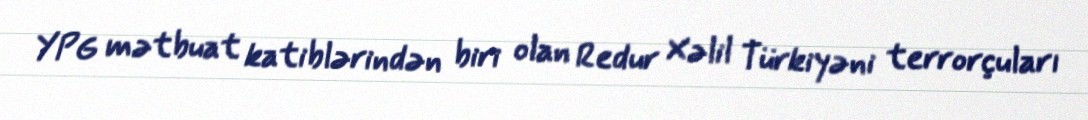
YPG mətbuat katiblərindən biri olan Redur Xəlil Türkiyəni terrorçuları